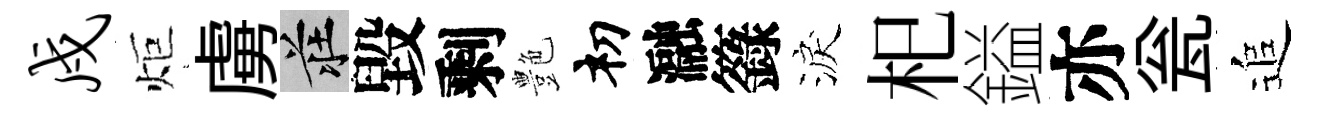
戍炬虜莊毀剩艶𥘉瀜籙淚𣏌鎰亦瓮追